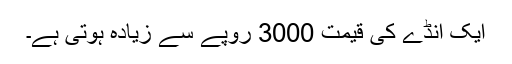
ایک انڈے کی قیمت 3000 روپے سے زیادہ ہوتی ہے۔